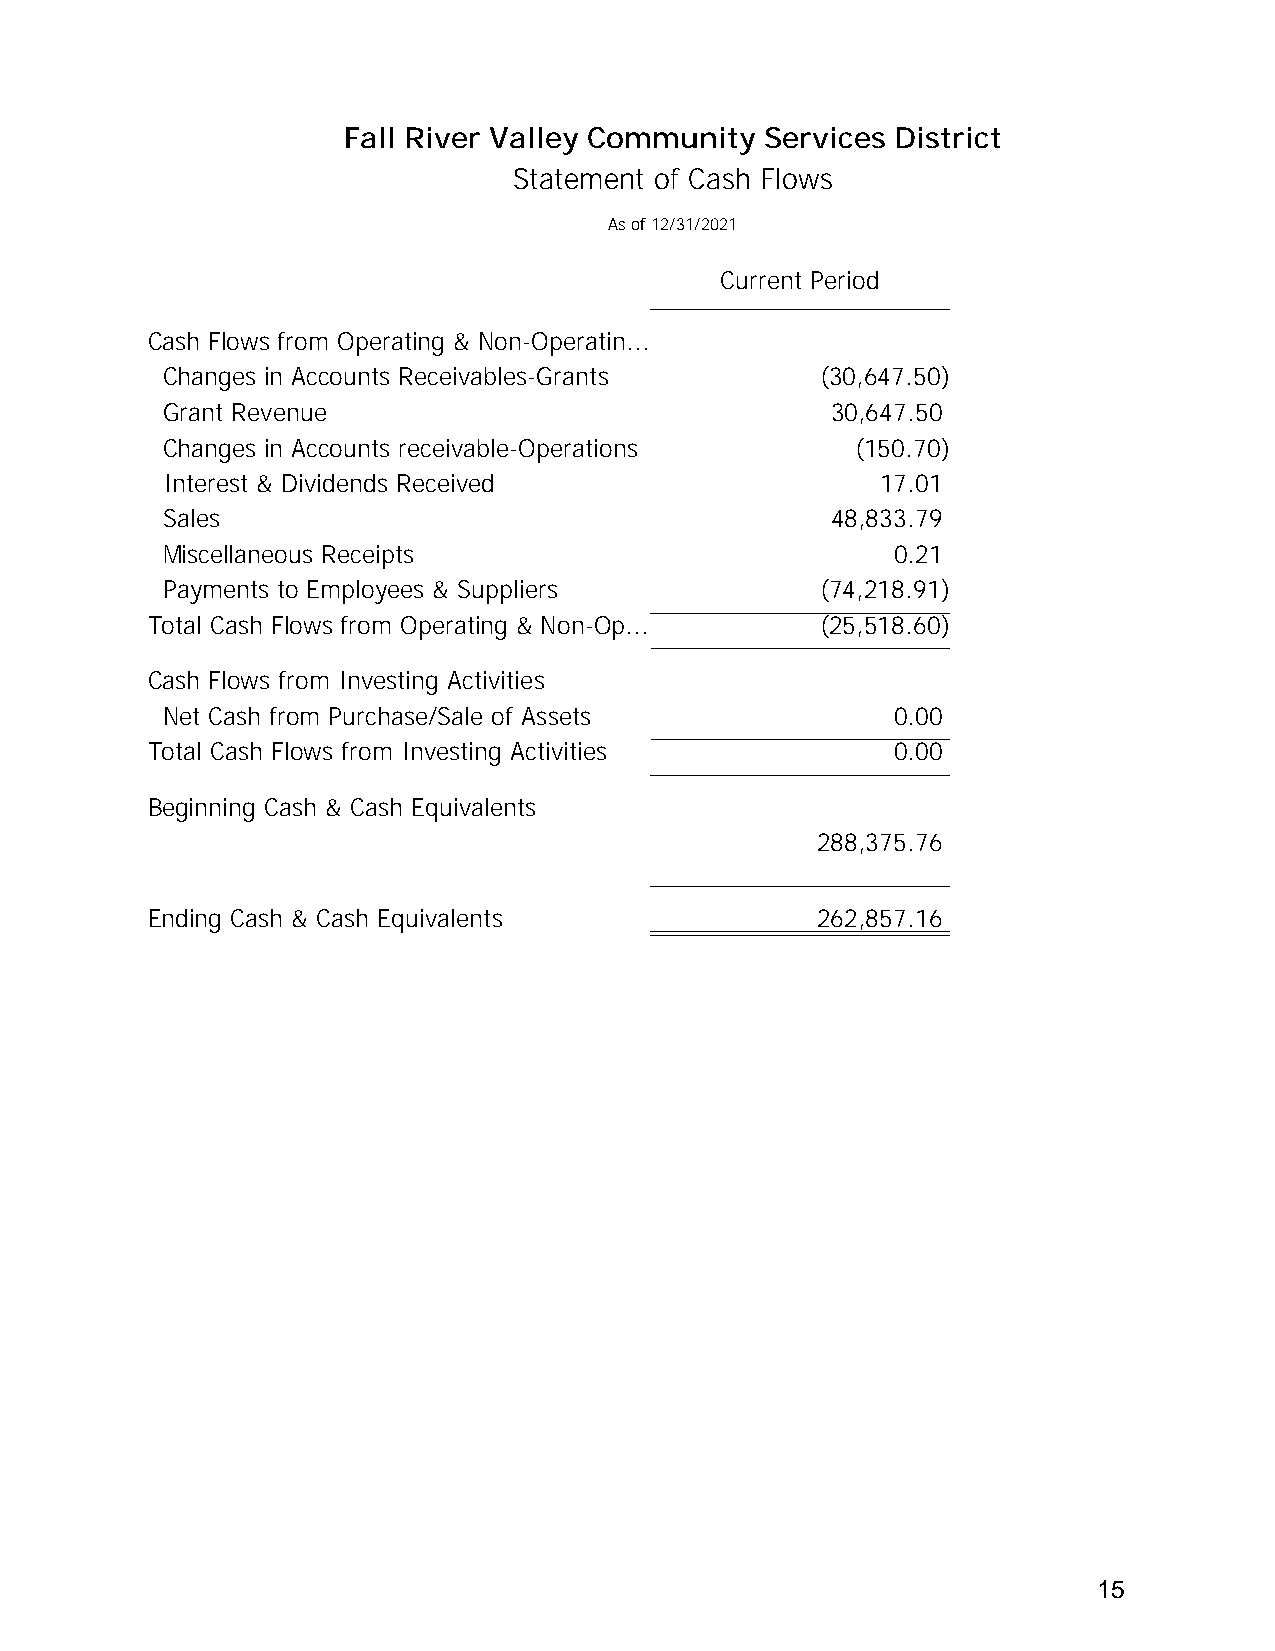
Fall River Valley Community Services District
 Statement of Cash Flows
 As of 12/31/2021
 Current Period
 Cash Flows from Operating & Non-Operatin...
 Changes in Accounts Receivables-Grants     (30,647.50)
 Grant Revenue                               30,647.50
 Changes in Accounts receivable-Operations     (150.70)
 Interest & Dividends Received                  17.01
 Sales                                       48,833.79
 Miscellaneous Receipts                          0.21
 Payments to Employees & Suppliers          (74,218.91)
 Total Cash Flows from Operating & Non-Op... (25,518.60)
 Cash Flows from Investing Activities
 Net Cash from Purchase/Sale of Assets           0.00
 Total Cash Flows from Investing Activities       0.00
 Beginning Cash & Cash Equivalents
 288,375.76
 Ending Cash & Cash Equivalents              262,857.16
 15